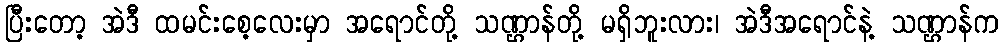
ပြီးတော့ အဲဒီ ထမင်းစေ့လေးမှာ အရောင်တို့ သဏ္ဌာန်တို့ မရှိဘူးလား၊ အဲဒီအရောင်နဲ့ သဏ္ဌာန်က